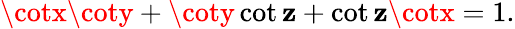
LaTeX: \cotx\coty+\coty\cot\mathbf{z}+\cot\mathbf{z}\cotx=1.